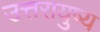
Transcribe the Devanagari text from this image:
उत्तरायुष्य